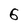
Character: 6